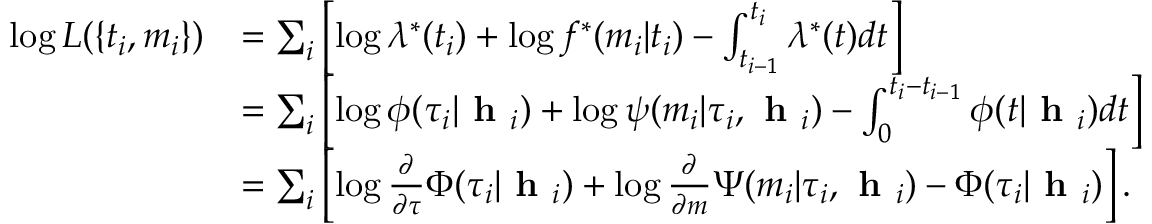
\begin{array} { r l } { \log L ( \{ t _ { i } , m _ { i } \} ) } & { = \sum _ { i } \left[ \log \lambda ^ { * } ( t _ { i } ) + \log f ^ { * } ( m _ { i } | t _ { i } ) - \int _ { t _ { i - 1 } } ^ { t _ { i } } \lambda ^ { * } ( t ) d t \right] } \\ & { = \sum _ { i } \left[ \log \phi ( \tau _ { i } | \textbf { h } _ { i } ) + \log \psi ( m _ { i } | \tau _ { i } , \textbf { h } _ { i } ) - \int _ { 0 } ^ { t _ { i } - t _ { i - 1 } } \phi ( t | \textbf { h } _ { i } ) d t \right] } \\ & { = \sum _ { i } \left[ \log \frac { \partial } { \partial \tau } \Phi ( \tau _ { i } | \textbf { h } _ { i } ) + \log \frac { \partial } { \partial m } \Psi ( m _ { i } | \tau _ { i } , \textbf { h } _ { i } ) - \Phi ( \tau _ { i } | \textbf { h } _ { i } ) \right] . } \end{array}